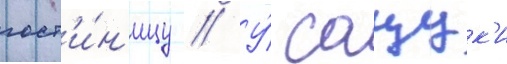
гост'и́н'ицу // У́ сацук'и